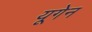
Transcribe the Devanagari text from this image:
यूगेन